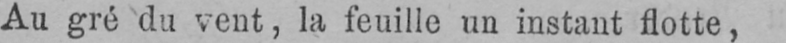
Au gré du vent, la feuille un instant flotte,